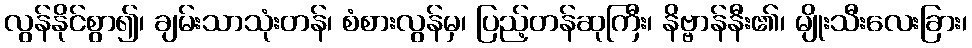
လွန်နိုင်စွာ၍၊ ချမ်းသာသုံးတန်၊ စံစားလွန်မှ၊ ပြည့်တန်ဆုကြီး၊ နိဗ္ဗာန်နီး၏၊ မျိုးသီးလေးခြား၊